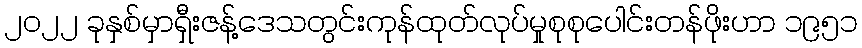
၂၀၂၂ ခုနှစ်မှာရှီးဇန့်ဒေသတွင်းကုန်ထုတ်လုပ်မှုစုစုပေါင်းတန်ဖိုးဟာ ၁၉၅၁